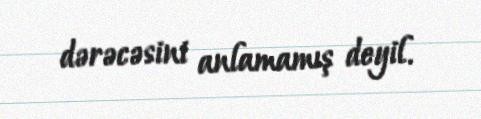
dərəcəsini anlamamış deyil.